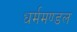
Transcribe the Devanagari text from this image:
धर्ममण्डल